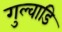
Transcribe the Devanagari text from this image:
गुल्वाडि